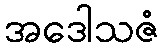
အဒေါသဇံ